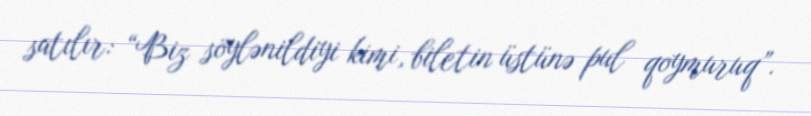
satılır: “Biz söylənildiyi kimi, biletin üstünə pul qoymuruq”.